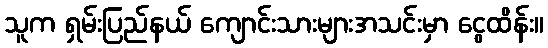
သူက ရှမ်းပြည်နယ် ကျောင်းသားများအသင်းမှာ ငွေထိန်း။